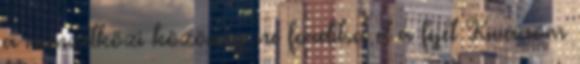
a nemzetközi közösség ne fordítsa el a fejét Kívánom